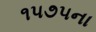
૧૫૭૫ના